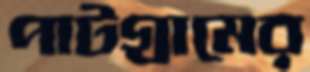
পাটগ্রামের